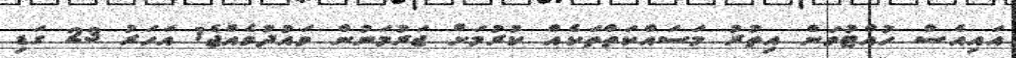
އައިއެސް ހުއްޓުވަން އިތުރު މަސައްކަތްތަކެއް ކުރުމަށް ޖަރުމަނުން ވައުދުވެއްޖެ1 އަހަރު 23 ގަޑި